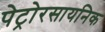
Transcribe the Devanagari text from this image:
पेट्रोरसायनिक